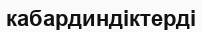
кабардиндіктерді